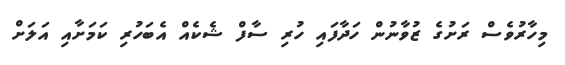
މިހާރުވެސް ރަށުގެ ޒުވާނުން ހަދާފައި ހުރި ސާފް ޝެކެއް އެބަހުރި ކަމަށާއި އަލަށް